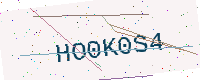
Text: HO0K0S4